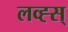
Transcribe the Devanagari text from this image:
लव्ह्स्